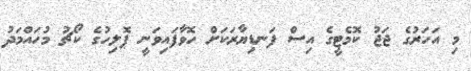
މި އަހަރުގެ ޖަޖު ކޮމެޓީގެ އިސް ފަނޑިޔާރަކަށް ހޮވާފައިވަނީ ޕޮލިހުގެ ކޯޗު މުހައްމަދު